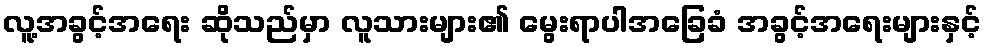
လူ့အခွင့်အရေး ဆိုသည်မှာ လူသားများ၏ မွေးရာပါအခြေခံ အခွင့်အရေးများနှင့်